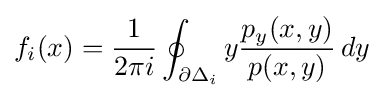
f_{i}(x)={\frac {1}{2\pi i}}\oint _{\partial \Delta _{i}}y{\frac {p_{y}(x,y)}{p(x,y)}}\,dy